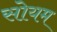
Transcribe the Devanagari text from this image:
सोयम